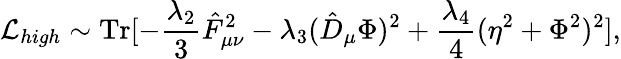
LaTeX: {\cal L}_{high}\sim\mathrm{Tr}[-\frac{\lambda_{2}}{3}\hat{F}_{\mu\nu}^{2}-\lambda_{3}(\hat{D}_{\mu}\Phi)^{2}+\frac{\lambda_{4}}{4}(\eta^{2}+\Phi^{2})^{2}],